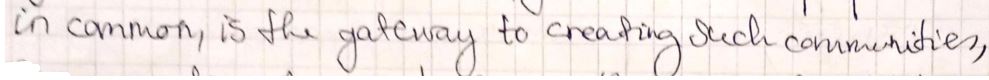
in common, is the gateway to creating such communities,